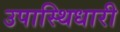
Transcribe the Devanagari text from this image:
उपास्थिधारी